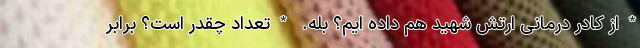
*از کادر درمانی ارتش شهید هم داده ایم؟ بله. *تعداد چقدر است؟ برابر